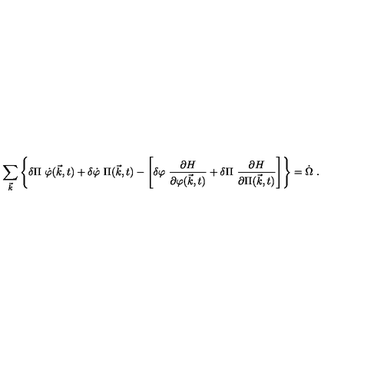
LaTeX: \sum _ { \vec { k } } \left\{ \delta \Pi \ \dot { \varphi } ( \vec { k } , t ) + \delta \dot { \varphi } \ \Pi ( \vec { k } , t ) - \left[ \delta \varphi \ { \frac { \partial H } { \partial \varphi ( \vec { k } , t ) } } + \delta \Pi \ { \frac { \partial H } { \partial \Pi ( \vec { k } , t ) } } \right] \right\} = \dot { \Omega } \ .